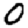
Digit: 0